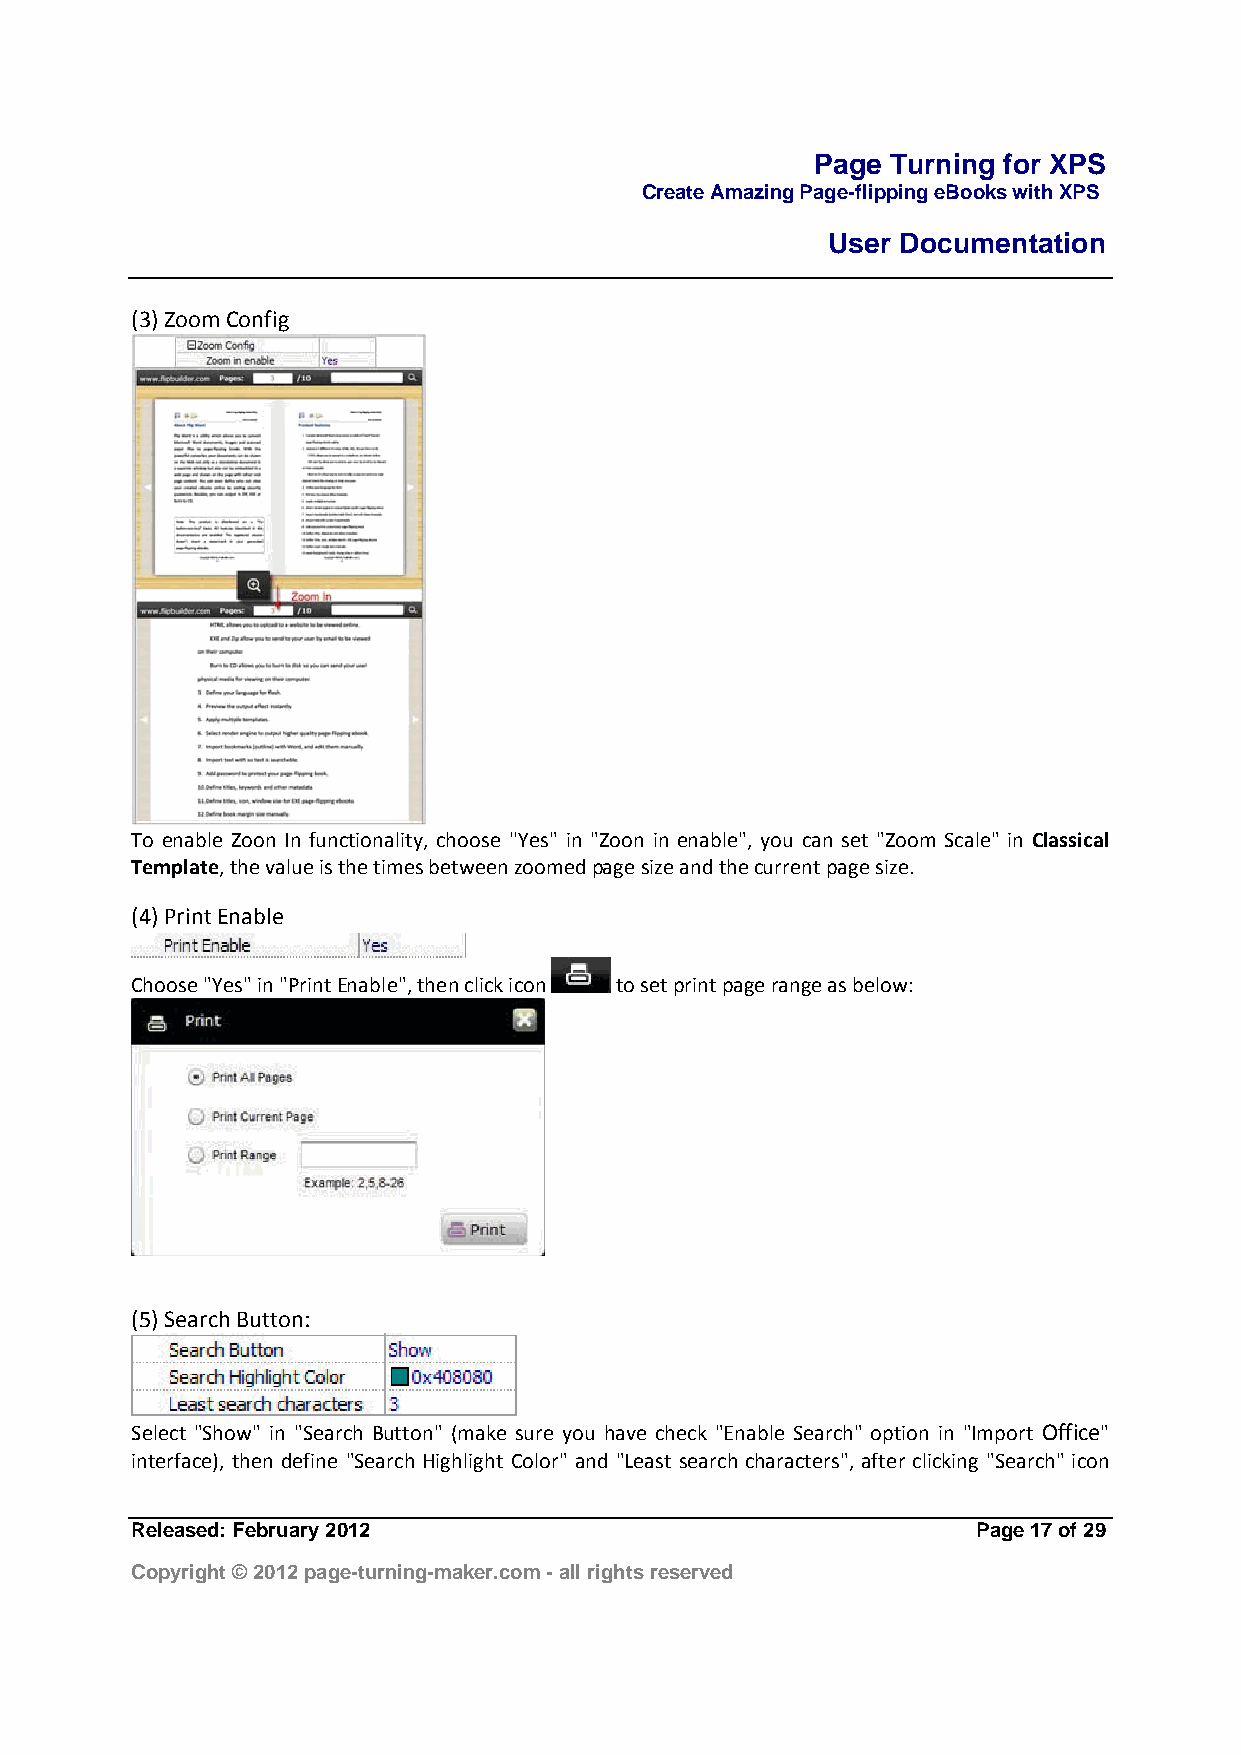
Page Turning for XPS
 Create Amazing Page-flipping eBooks with XPS
 User Documentation
 (3) Zoom Config
 To enable Zoon In functionality, choose ''Yes" in "Zoon in enable", you can set "Zoom Scale" in Classical
 Template, the value is the times between zoomed page size and the current page size.
 (4) Print Enable
 Choose "Yes" in "Print Enable", then click icon to set print page range as below:
 (5) Search Button:
 Select "Show" in "Search Button" (make sure you have check "Enable Search" option in "Import Office"
 interface), then define "Search Highlight Color" and "Least search characters", after clicking "Search" icon
 Released: February 2012                                 Page 17 of 29
 Copyright © 2012 page-turning-maker.com - all rights reserved